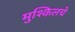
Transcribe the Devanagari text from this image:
मुश्किलचे